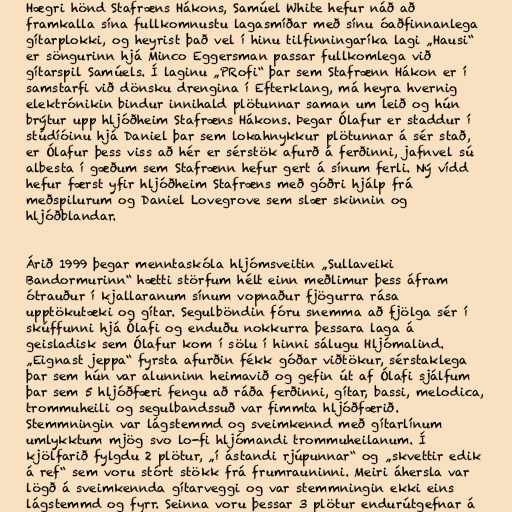
Hægri hönd Stafræns Hákons, Samúel White hefur náð að
framkalla sína fullkomnustu lagasmíðar með sínu óaðfinnanlega
gítarplokki, og heyrist það vel í hinu tilfinningaríka lagi „Hausi“
er söngurinn hjá Minco Eggersman passar fullkomlega við
gítarspil Samúels. Í laginu „PRofi“ þar sem Stafrænn Hákon er í
samstarfi við dönsku drengina í Efterklang, má heyra hvernig
elektrónikin bindur innihald plötunnar saman um leið og hún
brýtur upp hljóðheim Stafræns Hákons. Þegar Ólafur er staddur í
stúdíóinu hjá Daniel þar sem lokahnykkur plötunnar á sér stað,
er Ólafur þess viss að hér er sérstök afurð á ferðinni, jafnvel sú
albesta í gæðum sem Stafrænn hefur gert á sínum ferli. Ný vídd
hefur færst yfir hljóðheim Stafræns með góðri hjálp frá
meðspilurum og Daniel Lovegrove sem slær skinnin og
hljóðblandar.

Árið 1999 þegar menntaskóla hljómsveitin „Sullaveiki
Bandormurinn“ hætti störfum hélt einn meðlimur þess áfram
ótrauður í kjallaranum sínum vopnaður fjögurra rása
upptökutæki og gítar. Segulböndin fóru snemma að fjölga sér í
skúffunni hjá Ólafi og enduðu nokkurra þessara laga á
geisladisk sem Ólafur kom í sölu í hinni sálugu Hljómalind.
„Eignast jeppa“ fyrsta afurðin fékk góðar viðtökur, sérstaklega
þar sem hún var alunninn heimavið og gefin út af Ólafi sjálfum
þar sem 5 hljóðfæri fengu að ráða ferðinni, gítar, bassi, melodica,
trommuheili og segulbandssuð var fimmta hljóðfærið.
Stemmningin var lágstemmd og sveimkennd með gítarlínum
umlykktum mjög svo lo-fi hljómandi trommuheilanum. Í
kjölfarið fylgdu 2 plötur, „í ástandi rjúpunnar“ og „skvettir edik
á ref“ sem voru stórt stökk frá frumrauninni. Meiri áhersla var
lögð á sveimkennda gítarveggi og var stemmningin ekki eins
lágstemmd og fyrr. Seinna voru þessar 3 plötur endurútgefnar á